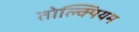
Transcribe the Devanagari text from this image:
तोल्क्पियम